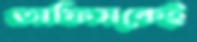
অফিসকেই